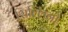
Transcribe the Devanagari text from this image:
सिल्लिनो